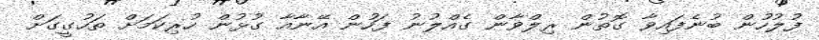
ފުލުހުން ބުނެފައިވާ ގޮތުން ރިލްވާން ގެއްލުނު ފަހުން އޭނާއާ ގުޅުން ހުރިކަމަށް ތަހުގީގަށް